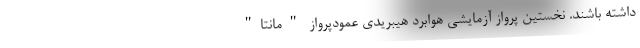
داشته باشند. نخستین پرواز آزمایشی هوابرد هیبریدی عمودپرواز "مانتا"